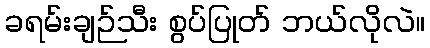
ခရမ်းချဉ်သီး စွပ်ပြုတ် ဘယ်လိုလဲ။